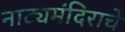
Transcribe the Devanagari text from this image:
नाट्यमंदिराचे